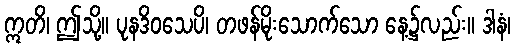
ဣတိ၊ ဤသို့။ ပုနဒိဝသေပိ၊ တဖန်မိုးသောက်သော နေ့၌လည်း။ ဒါနံ၊